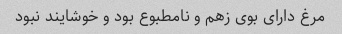
مرغ دارای بوی زهم و نامطبوع بود و خوشایند نبود